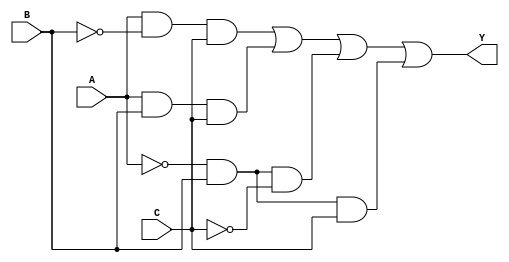
module kmap_3var (
    input wire A, // Input variable A
    input wire B, // Input variable B
    input wire C, // Input variable C
    output wire Y // Output variable Y
);

// K-map implementation
// The K-map is filled based on the provided truth table:
// A B C | Y
// 0 0 0 | 0
// 0 0 1 | 1
// 0 1 1 | 1
// 0 1 0 | 0
// 1 0 0 | 0
// 1 0 1 | 1
// 1 1 1 | 1
// 1 1 0 | 0

assign Y = (A & ~B & C) | (A & B & C) | (~A & B & ~C) | (~A & B & C);

endmodule